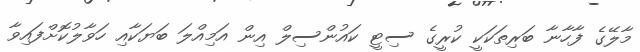
މާލޭގެ ފާހާނާ ބަރިތަކަކީ ކުރީގެ ސިޓީ ކައުންސިލް އިން އަމިއްލަ ބަޔަކާއި ހަވާލުކޮށްފައިވާ